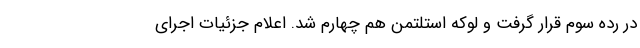
در رده سوم قرار گرفت و لوکه استلتمن هم چهارم شد. اعلام جزئیات اجرای